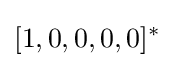
[1,0,0,0,0]^{*}